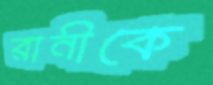
রানীকে